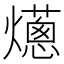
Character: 𤑢